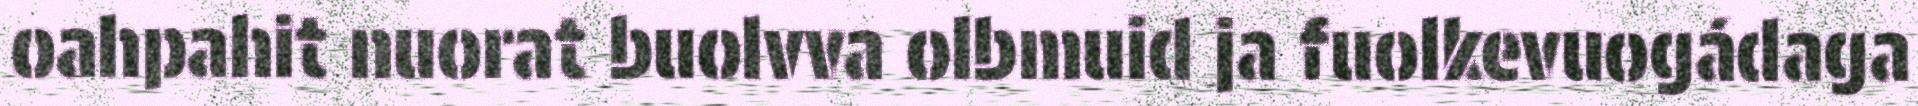
oahpahit nuorat buolvva olbmuid ja fuolkevuogádaga